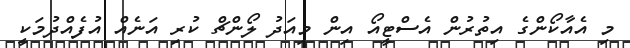
މި އެއާކޯންގެ އިތުރުން އެސްޓީއޯ އިން މިއަދު ލޯންޗް ކުރި އަނެއް އުފެއްދުމަކީ